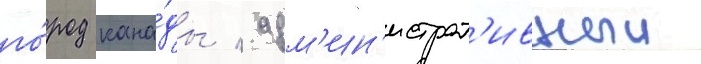
го́род кана́ды / адм'ин'истрат'ивныи